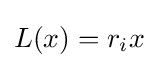
L(x)=r_{i}x